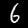
Label: 6